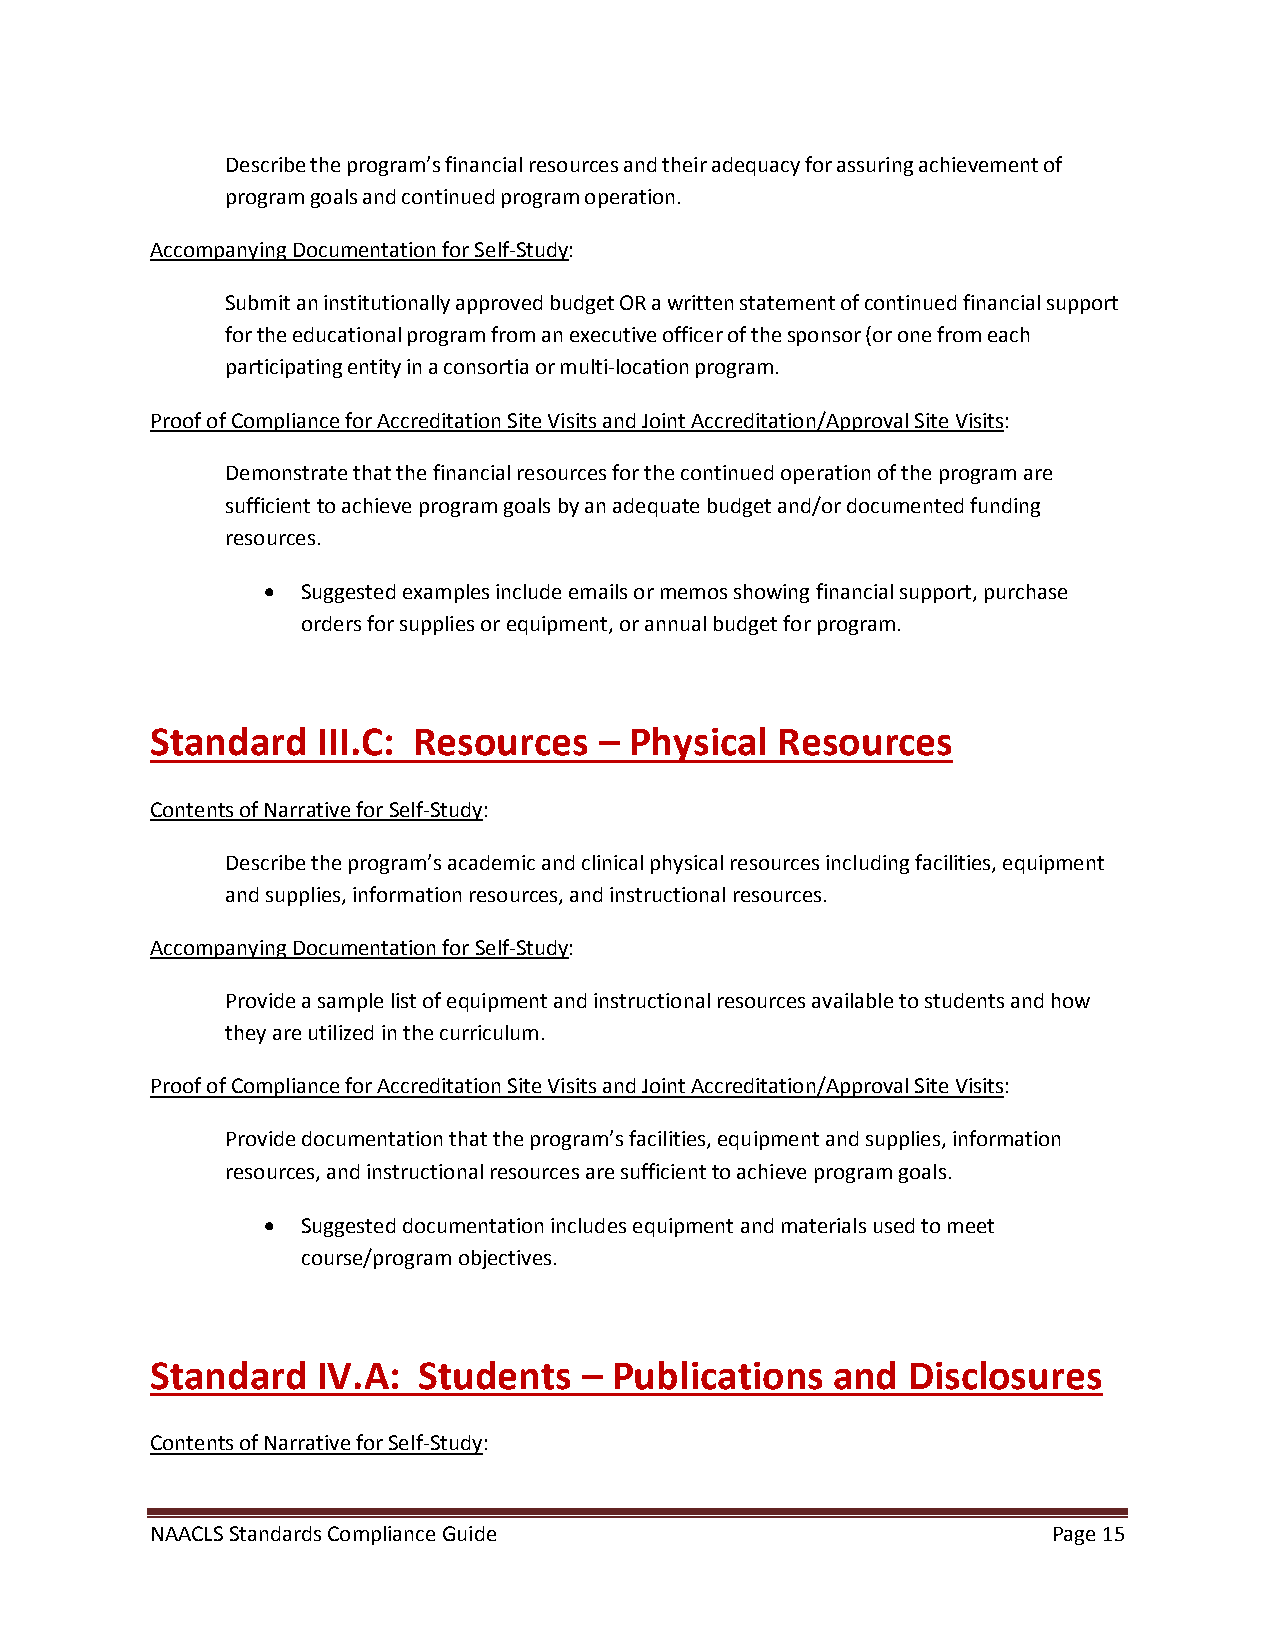
Describe the program’s financial resources and their adequacy for assuring achievement of
 program goals and continued program operation.
 Accompanying Documentation for Self-Study:
 Submit an institutionally approved budget OR a written statement of continued financial support
 for the educational program from an executive officer of the sponsor (or one from each
 participating entity in a consortia or multi-location program.
 Proof of Compliance for Accreditation Site Visits and Joint Accreditation/Approval Site Visits:
 Demonstrate that the financial resources for the continued operation of the program are
 sufficient to achieve program goals by an adequate budget and/or documented funding
 resources.
 •  Suggested examples include emails or memos showing financial support, purchase
 orders for supplies or equipment, or annual budget for program.
 Standard   III.C: Resources   – Physical Resources
 Contents of Narrative for Self-Study:
 Describe the program’s academic and clinical physical resources including facilities, equipment
 and supplies, information resources, and instructional resources.
 Accompanying Documentation for Self-Study:
 Provide a sample list of equipment and instructional resources available to students and how
 they are utilized in the curriculum.
 Proof of Compliance for Accreditation Site Visits and Joint Accreditation/Approval Site Visits:
 Provide documentation that the program’s facilities, equipment and supplies, information
 resources, and instructional resources are sufficient to achieve program goals.
 •  Suggested documentation includes equipment and materials used to meet
 course/program objectives.
 Standard   IV.A:  Students   – Publications  and  Disclosures
 Contents of Narrative for Self-Study:
 NAACLS Standards Compliance Guide                           Page 15